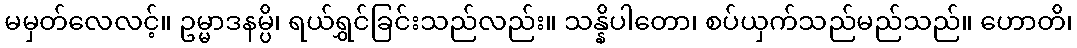
မမှတ်လေလင့်။ ဥမ္မာဒနမ္ပိ၊ ရယ်ရွှင်ခြင်းသည်လည်း။ သန္နိပါတော၊ စပ်ယှက်သည်မည်သည်။ ဟောတိ၊